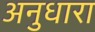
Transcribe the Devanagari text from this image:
अनुधारा